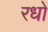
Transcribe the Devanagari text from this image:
रधों